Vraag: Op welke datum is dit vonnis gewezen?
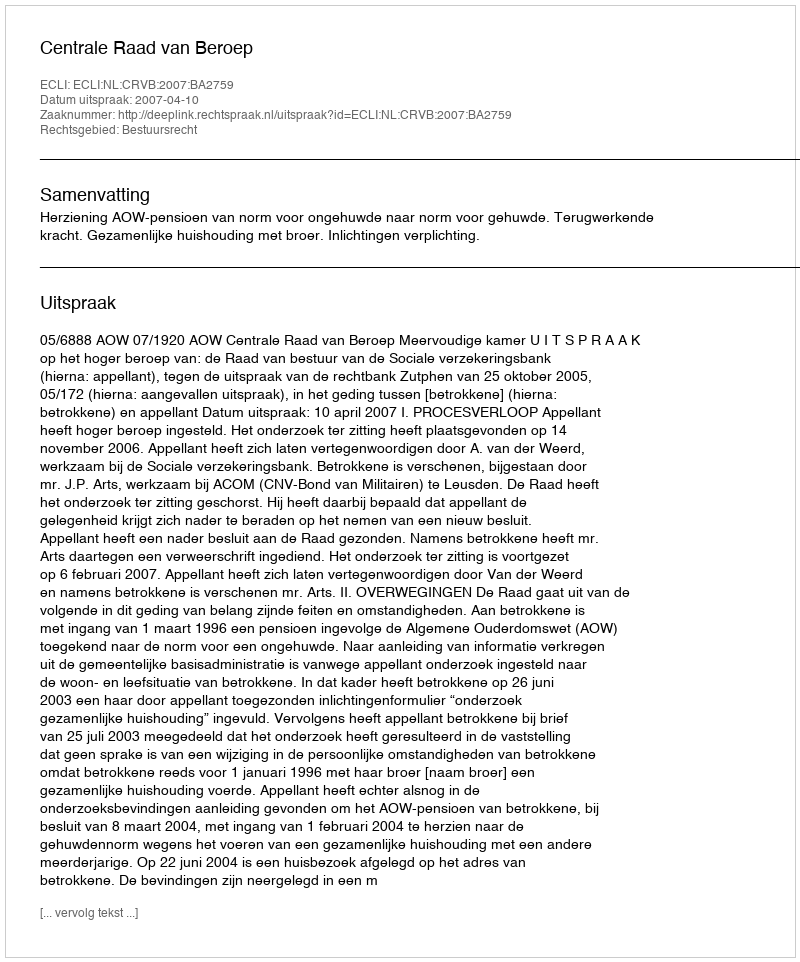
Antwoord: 2007-04-10